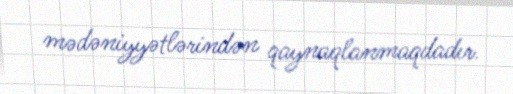
mədəniyyətlərindən qaynaqlanmaqdadır.